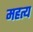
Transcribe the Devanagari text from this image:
महत्य